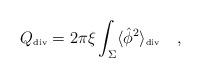
LaTeX: \begin{align*}{Q}_{\tiny\mbox{div}}=2\pi\xi \int_{\Sigma}\langle \hat{\phi}^2 \rangle_{\tiny\mbox{div}}~~~,\end{align*}